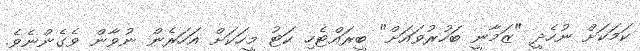
ކަމަކަށް ނުހެދީ "ޒަމާނީ ބަހުރުވައަށް" ބީރައްޓެހި ކަޓު މީހަކަށް އަހަރެން ނުވާން ވެގެންނެވެ.